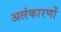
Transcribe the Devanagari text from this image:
अलंकारणों